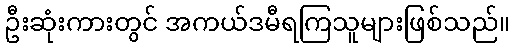
ဦးဆုံးကားတွင် အကယ်ဒမီရကြသူများဖြစ်သည်။